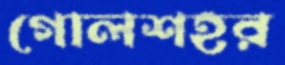
গোলশহর